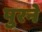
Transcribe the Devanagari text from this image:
पुरने